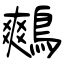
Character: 鷞